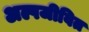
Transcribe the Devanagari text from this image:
अल्पजीवित